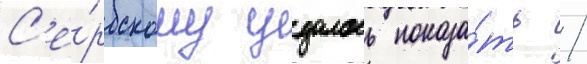
С'е́рбскому удалось показа́ть /